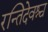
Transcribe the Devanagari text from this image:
रन्तिदेवश्च